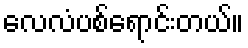
လေလံပစ်ရောင်းတယ်။